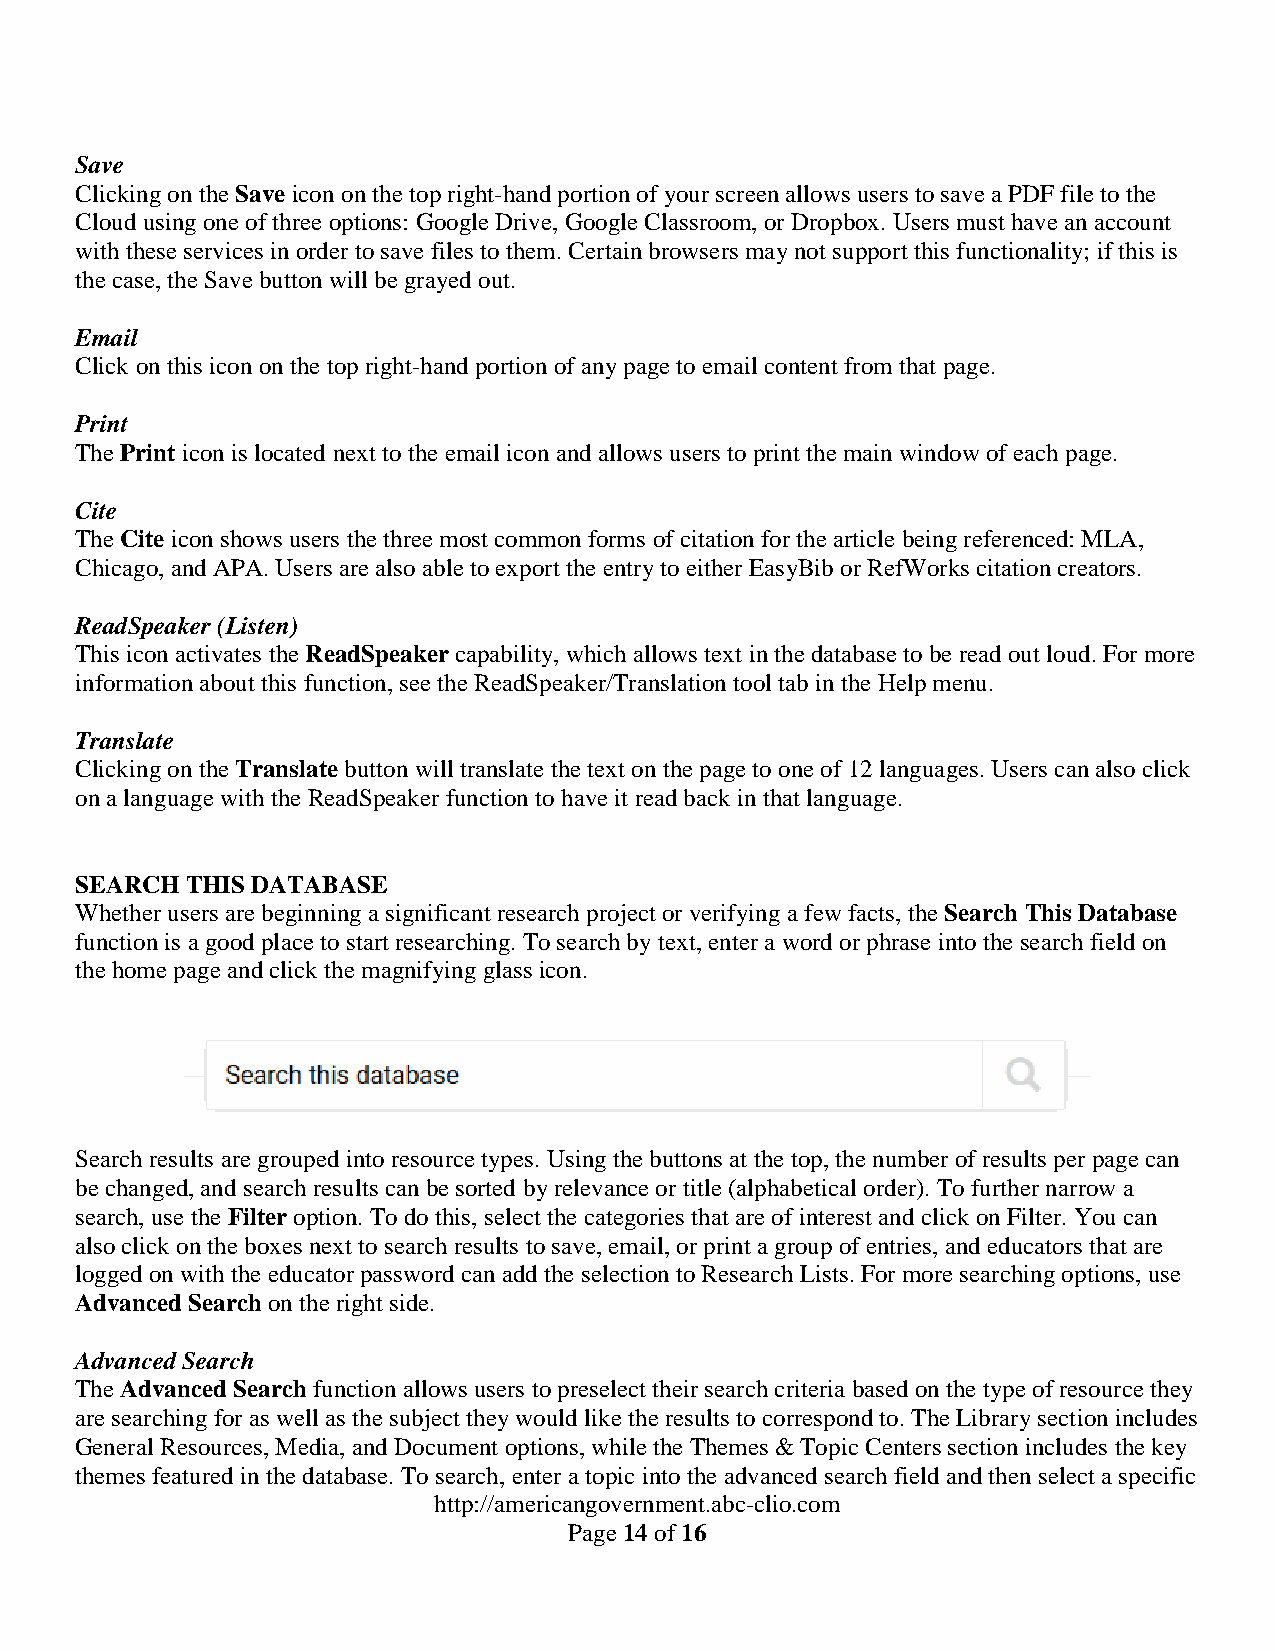
Save
 Clicking on the Save icon on the top right-hand portion of your screen allows users to save a PDF file to the
 Cloud using one of three options: Google Drive, Google Classroom, or Dropbox. Users must have an account
 with these services in order to save files to them. Certain browsers may not support this functionality; if this is
 the case, the Save button will be grayed out.
 Email
 Click on this icon on the top right-hand portion of any page to email content from that page.
 Print
 The Print icon is located next to the email icon and allows users to print the main window of each page.
 Cite
 The Cite icon shows users the three most common forms of citation for the article being referenced: MLA,
 Chicago, and APA. Users are also able to export the entry to either EasyBib or RefWorks citation creators.
 ReadSpeaker (Listen)
 This icon activates the ReadSpeaker capability, which allows text in the database to be read out loud. For more
 information about this function, see the ReadSpeaker/Translation tool tab in the Help menu.
 Translate
 Clicking on the Translate button will translate the text on the page to one of 12 languages. Users can also click
 on a language with the ReadSpeaker function to have it read back in that language.
 SEARCH THIS DATABASE
 Whether users are beginning a significant research project or verifying a few facts, the Search This Database
 function is a good place to start researching. To search by text, enter a word or phrase into the search field on
 the home page and click the magnifying glass icon.
 Search results are grouped into resource types. Using the buttons at the top, the number of results per page can
 be changed, and search results can be sorted by relevance or title (alphabetical order). To further narrow a
 search, use the Filter option. To do this, select the categories that are of interest and click on Filter. You can
 also click on the boxes next to search results to save, email, or print a group of entries, and educators that are
 logged on with the educator password can add the selection to Research Lists. For more searching options, use
 Advanced Search on the right side.
 Advanced Search
 The Advanced Search function allows users to preselect their search criteria based on the type of resource they
 are searching for as well as the subject they would like the results to correspond to. The Library section includes
 General Resources, Media, and Document options, while the Themes & Topic Centers section includes the key
 themes featured in the database. To search, enter a topic into the advanced search field and then select a specific
 http://americangovernment.abc-clio.com
 Page 14 of 16